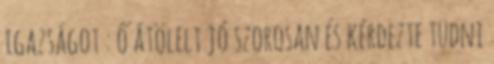
igazságot : ő átölelt jó szorosan és kérdezte tudni